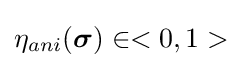
{{\eta }_{ani}}({\boldsymbol {\sigma }})\in <0,1>